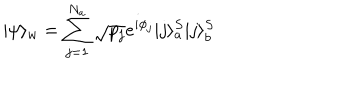
| \psi \rangle _ { w } = \sum _ { j = 1 } ^ { N _ { a } } \sqrt { p _ { j } } e ^ { i \phi _ { j } } | j \rangle _ { a } ^ { S } | j \rangle _ { b } ^ { S }